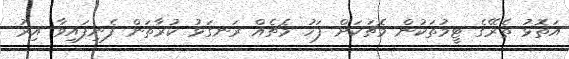
އަތޮޅު ތެރޭގެ ޓީމުތަކުން މެޗަކަށް ފަހު މެޗެއް ރަނގަޅު ކުރާތަން ފެނިފައިވާ އިރު